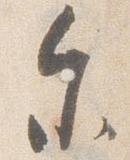
参